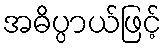
အဓိပ္ပာယ်ဖြင့်